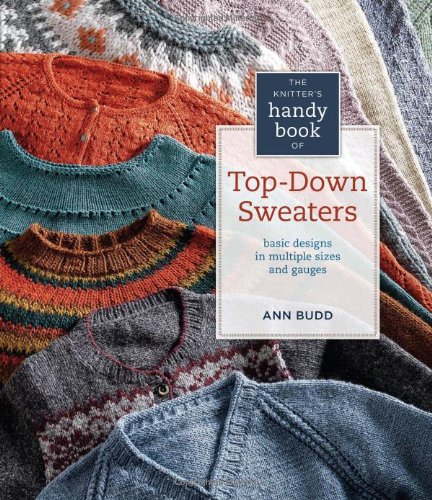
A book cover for Knitter's Handy Book of Top-Down Sweaters: Basic Designs in Multiple Sizes and Gauges; Ann Budd; Crafts, Hobbies & Home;